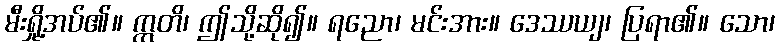
မီးရှို့အပ်၏။ ဣတိ၊ ဤသို့ဆို၍။ ရညော၊ မင်းအား။ ဒေဿယျ၊ ပြရာ၏။ သော၊